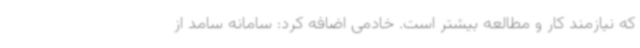
که نیازمند کار و مطالعه بیشتر است. خادمی اضافه کرد: سامانه سامد از